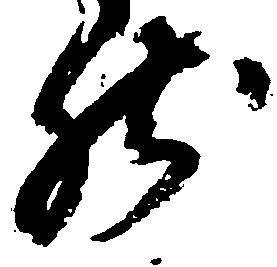
然